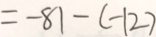
= - 8 1 - ( - 1 2 )